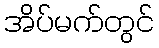
အိပ်မက်တွင်